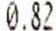
0.82